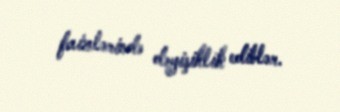
faizlərində dəyişiklik ediblər.